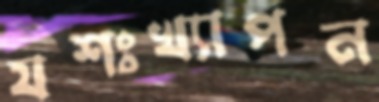
যশঃখ্যাপন